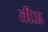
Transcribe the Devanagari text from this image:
तीऊ